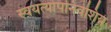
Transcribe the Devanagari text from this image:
स्वयत्योपनिवेशिय